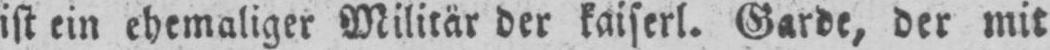
ist ein ehemaliger Militär der kaiserl. Garde, der mit